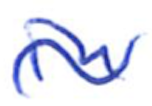
Text: in
Cross-out: wave
Writing tool: ballpoint